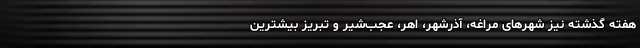
هفته گذشته نیز شهرهای مراغه، آذرشهر، اهر، عجب‌شیر و تبریز بیشترین